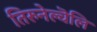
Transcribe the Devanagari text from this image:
तिरुनेल्वॆलि